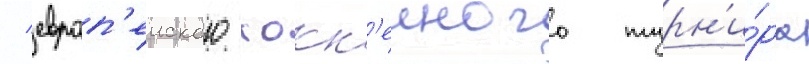
/ европ'еиского хокк'еиного турн'и́ра